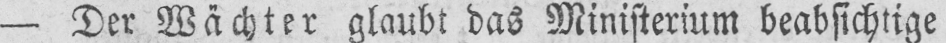
- Der Wächter glaubt das Ministerium beabsichtige